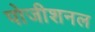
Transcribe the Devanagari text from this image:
पोजीशनल